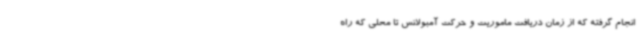
انجام گرفته که از زمان دریافت ماموریت و حرکت آمبولانس تا محلی که راه